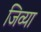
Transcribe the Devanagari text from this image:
जिव्या